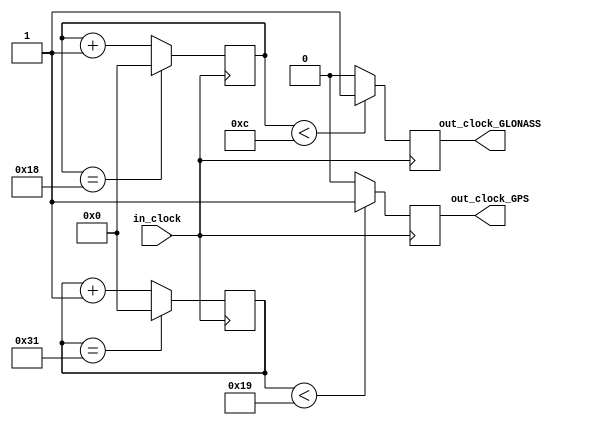
`timescale 1ns / 1ps
/*For example: Fclk_in = 50Mhz, if you want to get 1Hz signal to blink LEDs
 You will modify the DIVISOR parameter value to 28'd50.000.000
 Then the frequency of the output clk_out = 50Mhz/50.000.000 = 1Hz
*/
module clock_divider(
input in_clock, 
output reg out_clock_GLONASS, 
output reg out_clock_GPS);

	initial begin
		out_clock_GLONASS = 0;
		out_clock_GPS = 0;
	end

	reg [27:0] counter_GLONASS= 28'd0;
	reg [27:0] counter_GPS= 28'd0;
	
	parameter DIVISOR_GLONASS = 28'd25;
	parameter DIVISOR_GPS = 28'd50;
	
	always @(posedge in_clock) 
	begin
		counter_GLONASS <= counter_GLONASS + 28'd1;
		counter_GPS <= counter_GPS + 28'd1;
		if(counter_GLONASS == (DIVISOR_GLONASS - 1)) 
			begin
			counter_GLONASS <= 28'd0;
			end
		if(counter_GPS == (DIVISOR_GPS - 1)) 
			begin
			counter_GPS <= 28'd0;
			end
		
		out_clock_GLONASS <= (counter_GLONASS<DIVISOR_GLONASS/2)?1'b1:1'b0;
		out_clock_GPS <= (counter_GPS<DIVISOR_GPS/2)?1'b1:1'b0;
		
	end
endmodule